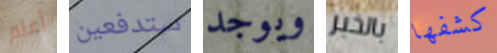
أعلم ستدفعين ويوجد بالخبر كشفها